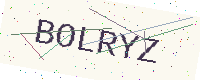
Text: BOLRYZ